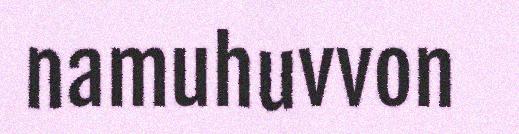
namuhuvvon